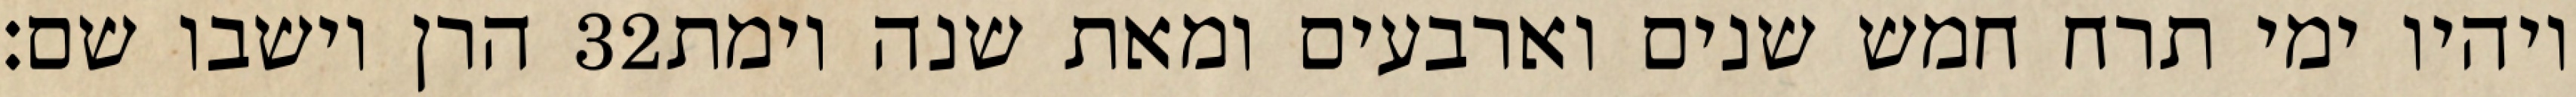
הרן וישבו שם׃ ‎32‏ ויהיו ימי תרח חמש שנים וארבעים ומאת שנה וימת